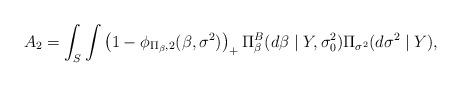
LaTeX: \begin{align*}A_{2}&=\int_{S}\int\left(1-\phi_{\Pi_{\beta},2}(\beta,\sigma^{2})\right)_{+}\Pi_{\beta}^{B}( d\beta\mid Y,\sigma_{0}^{2})\Pi_{\sigma^{2}}( d\sigma^{2}\mid Y),\end{align*}